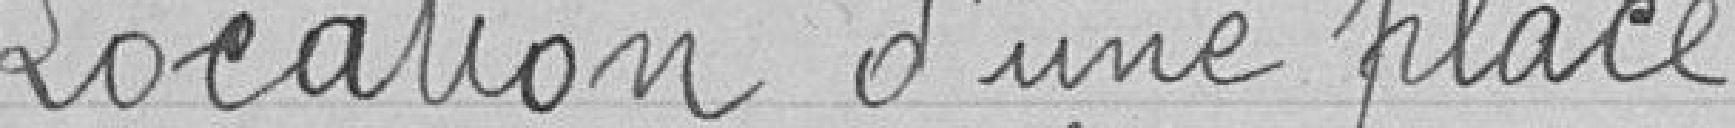
Location d'une place